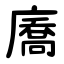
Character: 㢗